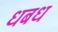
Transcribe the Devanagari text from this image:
धबध